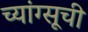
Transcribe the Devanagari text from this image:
च्यांग्सूची